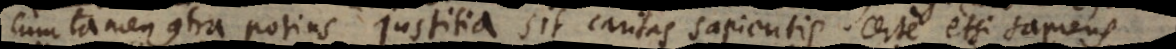
Cum tamen contra potius justitia sit caritas sapientis. Certe etsi sapiens